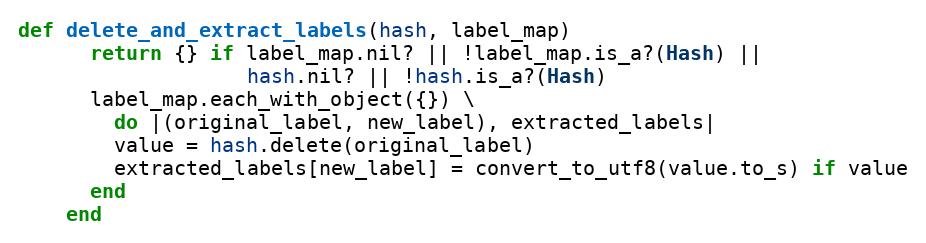
Language: Ruby
def delete_and_extract_labels(hash, label_map)
      return {} if label_map.nil? || !label_map.is_a?(Hash) ||
                   hash.nil? || !hash.is_a?(Hash)
      label_map.each_with_object({}) \
        do |(original_label, new_label), extracted_labels|
        value = hash.delete(original_label)
        extracted_labels[new_label] = convert_to_utf8(value.to_s) if value
      end
    end